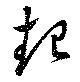
起